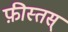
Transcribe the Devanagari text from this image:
फ़ीस्तस्